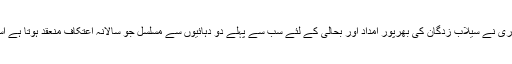
کانفرنس سے خطاب کرتے ہوئے انہوں نے بتایا کہ شیخ الاسلام پروفیسر ڈاکٹر محمد طاہر القادری نے سیلاب زدگان کی بھرپور امداد اور بحالی کے لئے سب سے پہلے دو دہائیوں سے مسلسل جو سالانہ اعتکاف منعقد ہوتا ہے اسے سیلاب زدگان کی امداد اور بحالی کے لئے ملک بھر میں چلائی جانے والی مہم میں بدل دیا۔